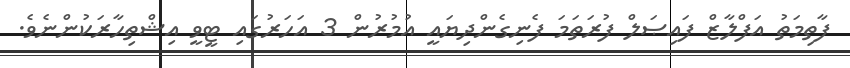
ފާތިމަތު އަފްލާޒް ފައިޞަލް ފުރަތަމަ ފެނިގެންދިޔައީ އުމުރުން 3 އަހަރުގައި ޓީވީ އިޝްތިހާރަކުންނެވެ.